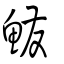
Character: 鱍